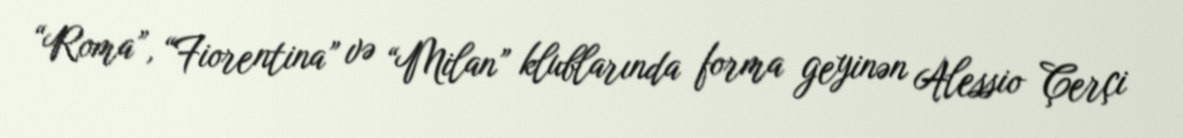
“Roma”, “Fiorentina” və “Milan” klublarında forma geyinən Alessio Çerçi